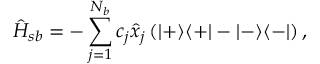
\hat { H } _ { s b } = - \sum _ { j = 1 } ^ { N _ { b } } c _ { j } \hat { x } _ { j } \left( | + \rangle \langle + | - | - \rangle \langle - | \right) ,